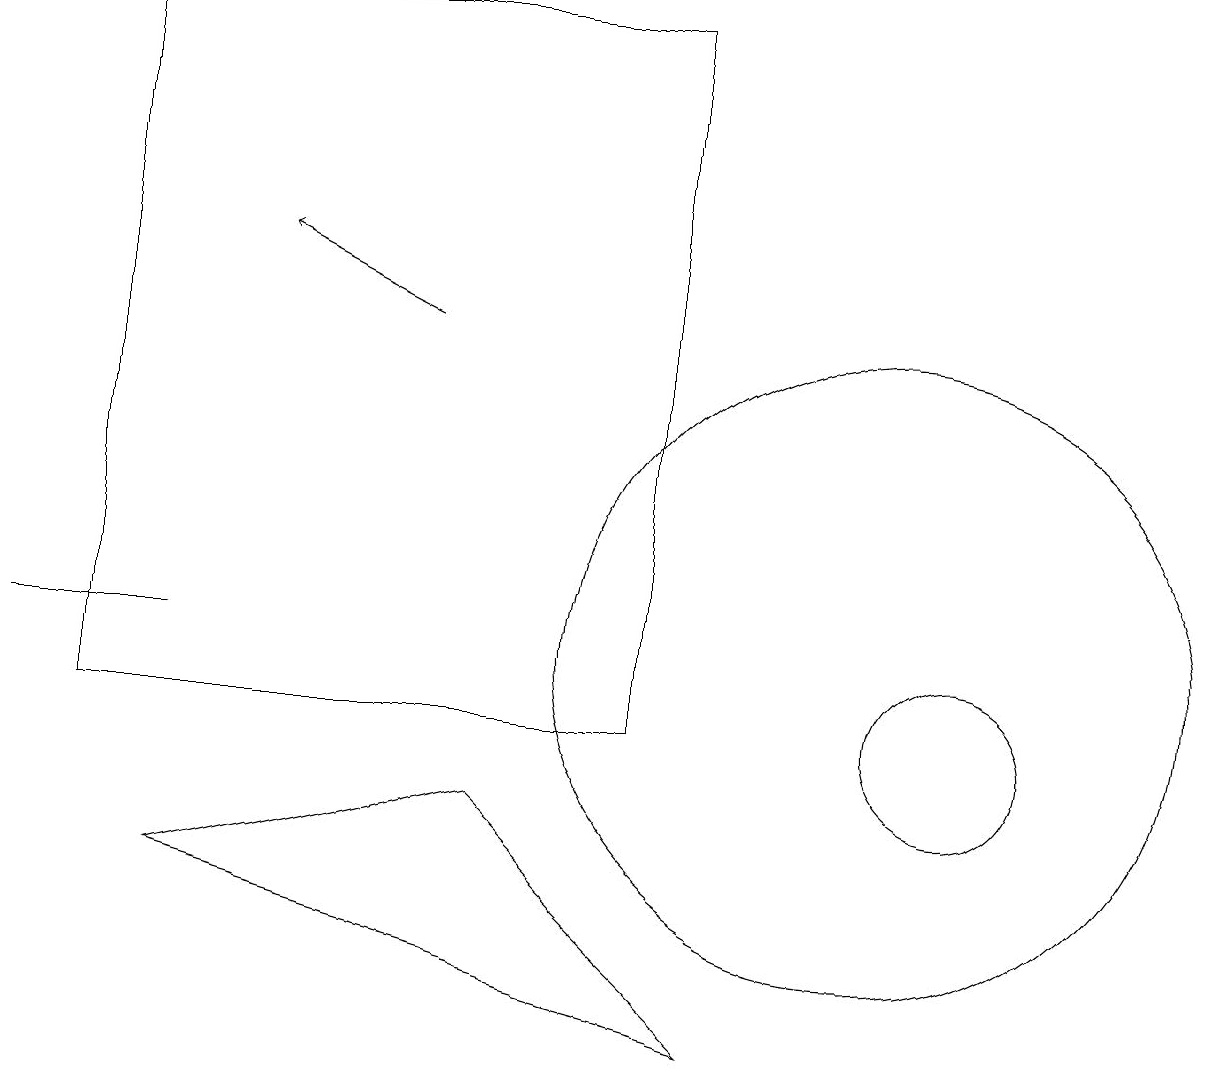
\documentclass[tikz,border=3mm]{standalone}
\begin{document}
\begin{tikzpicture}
\draw (0,11) rectangle (2,11);
\draw (10,12) circle (0);
\draw (11,11) circle (4);
\draw (2,8) -- (6,9) -- (9,6) -- cycle;
\draw (1,19) rectangle (8,10);
\draw[->] (5,15) -- (3,16);
\draw (12,10) circle (1);
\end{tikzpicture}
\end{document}